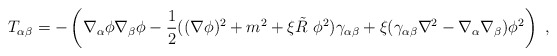
\begin{align*}T_{\alpha\beta}=-\left(\nabla_\alpha\phi\nabla_\beta\phi-\frac 12 ((\nabla \phi)^2+m^2+\xi\tilde{R}~\phi^2)\gamma_{\alpha\beta}+\xi (\gamma_{\alpha\beta}\nabla^2-\nabla_\alpha\nabla_\beta )\phi^2\right)~,\end{align*}